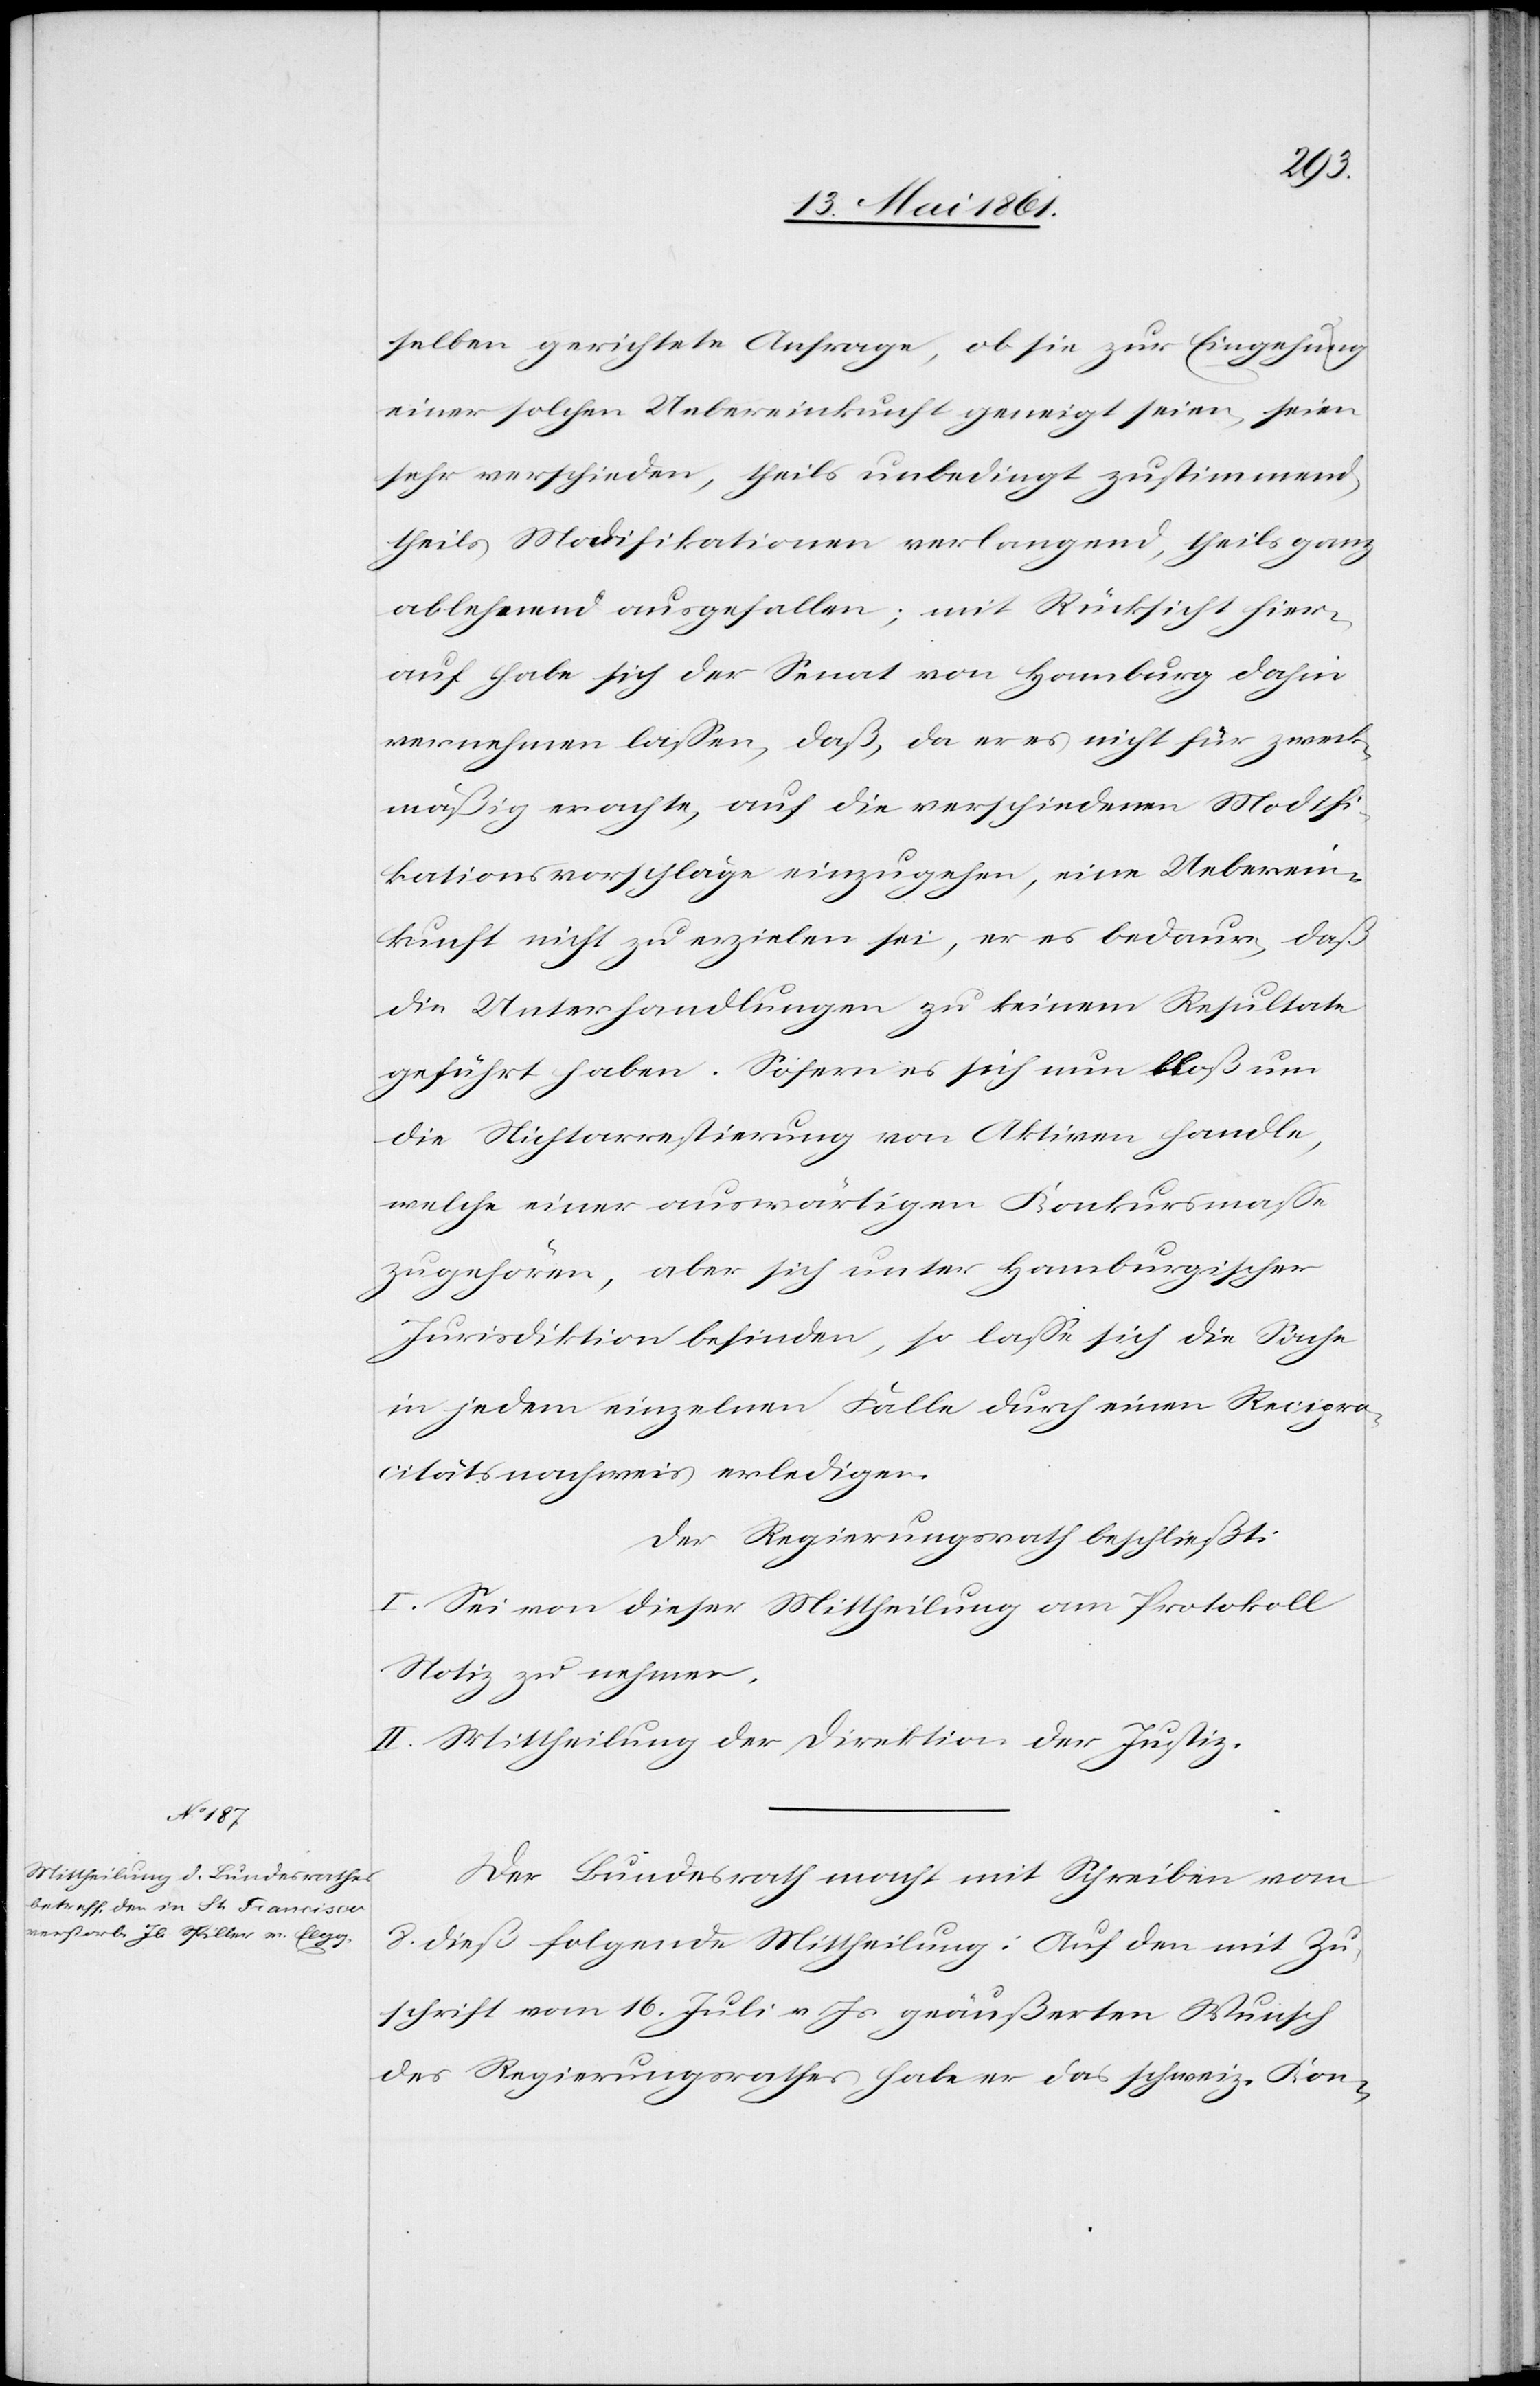
selben gerichtete Anfrage, ob sie zur Eingehung
einer solchen Uebereinkunft geneigt seien, seien
sehr verschieden, theils unbedingt zustimmend,
theils Modifikationen verlangend, theils ganz
ablehnend ausgefallen; mit Rücksicht hier¬
auf habe sich der Senat von Hamburg dahin
vernehmen lassen, daß, da er es nicht für zweck¬
mäßig erachte, auf die verschiedenen Modifi¬
kationsvorschläge einzugehen, eine Ueberein¬
kunft nicht zu erzielen sei, er es bedaure, daß
die Unterhandlungen zu keinem Resultate
geführt haben. Sofern es sich nun bloß um
die Nichtarrestierung von Aktiven handle,
welche einer auswärtigen Konkursmasse
zugehören, aber sich unter Hamburgischer
Jurisdiktion befinden, so lasse sich die Sache
in jedem einzelnen Falle durch einen Recipro¬
citätsnachweis erledigen.
Der Regierungsrath beschließt:
I. Sei von dieser Mittheilung am Protokoll
Notiz zu nehmen.
II. Mittheilung der Direktion der Justiz.
Der Bundesrath macht mit Schreiben vom
8. dieß folgende Mittheilung: Auf den mit Zu¬
schrift vom 16. Juli v. Js. geäußerten Wunsch
des Regierungsrathes habe er das schweiz. Kon-